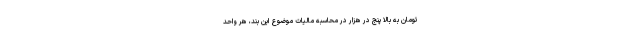
تومان به بالا پنج در هزار در محاسبه مالیات موضوع این بند، هر واحد